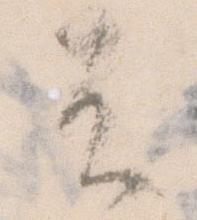
不